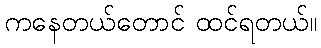
ကနေတယ်တောင် ထင်ရတယ်။